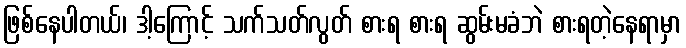
ဖြစ်နေပါတယ်၊ ဒါ့ကြောင့် သက်သတ်လွတ် စားရ စားရ ဆွမ်းမခံဘဲ စားရတဲ့နေရာမှာ